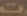
ت